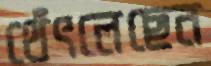
থেঁৎলেছেন